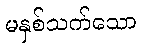
မနှစ်သက်သော